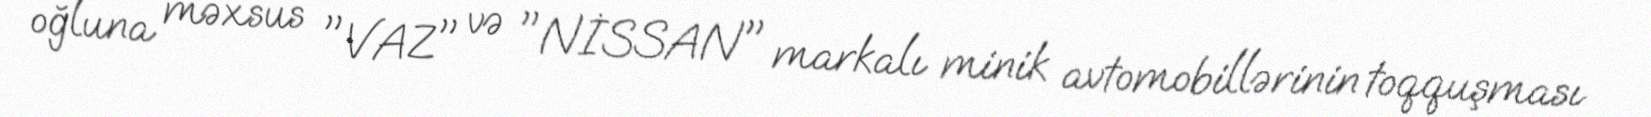
oğluna məxsus "VAZ" və "NİSSAN" markalı minik avtomobillərinin toqquşması